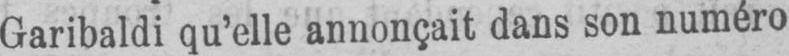
Garibaldi qu’elle annonçait dans son numéro